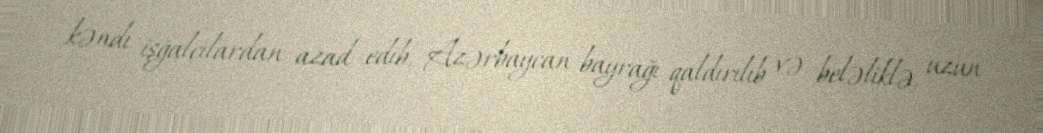
kəndi işğalçılardan azad edib, Azərbaycan bayrağı qaldırılıb və beləliklə, uzun